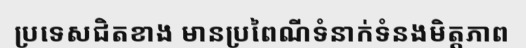
ប្រទេសជិតខាង មានប្រពៃណីទំនាក់ទំនងមិត្តភាព